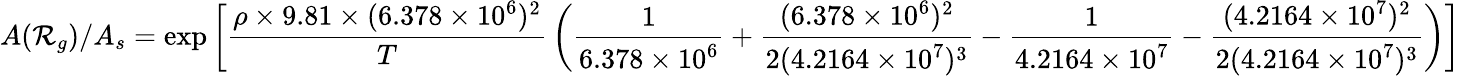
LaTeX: A(\mathcal{R}_{g})/A_{s}=\exp\left[{\frac{{\rho\times9.81\times(6.378\times10^{6})^{2}}}{{T}}}\left({\frac{{1}}{{6.378\times10^{6}}}}+{\frac{{(6.378\times10^{6})^{2}}}{{2(4.2164\times10^{7})^{3}}}}-{\frac{{1}}{{4.2164\times10^{7}}}}-{\frac{{(4.2164\times10^{7})^{2}}}{{2(4.2164\times10^{7})^{3}}}}\right)\right]